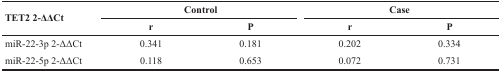
<table><thead><tr><td rowspan="2"><b>TET2 2-ΔΔCt</b></td><td colspan="2"><b>Control</b></td><td colspan="2"><b>Case</b></td></tr><tr><td><b>r</b></td><td><b>P</b></td><td><b>r</b></td><td><b>P</b></td></tr></thead><tbody><tr><td>miR-22-3p 2-ΔΔCt</td><td>0.341</td><td>0.181</td><td>0.202</td><td>0.334</td></tr><tr><td>miR-22-5p 2-ΔΔCt</td><td>0.118</td><td>0.653</td><td>0.072</td><td>0.731</td></tr></tbody></table>